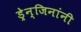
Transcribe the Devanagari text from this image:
ड्रेन्जिनांनी